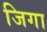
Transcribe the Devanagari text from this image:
जिगा